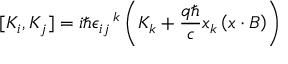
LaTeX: [ K _ { i } , K _ { j } ] = i \hbar { \epsilon _ { i j } } ^ { \, k } \left( K _ { k } + { \frac { q \hbar } { c } } x _ { k } \left( x \cdot B \right) \right)